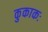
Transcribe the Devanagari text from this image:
कुकाकः